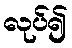
လုပ်၍